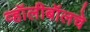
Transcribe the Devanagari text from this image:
व्हॉलीबॉलचे